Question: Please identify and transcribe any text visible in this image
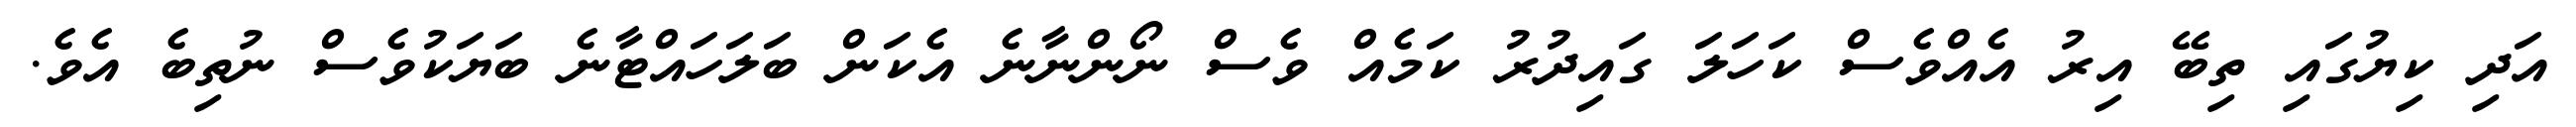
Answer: އަދި ކިޔުގައި ތިބޭ އިރު އެއްވެސް ކަހަލަ ގައިދުރު ކަމެއް ވެސް ނޯންނާނެ އެކަން ބަލަހައްޓާނެ ބަޔަކުވެސް ނުތިބެ އެވެ.